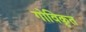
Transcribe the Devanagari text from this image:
गोविकृत